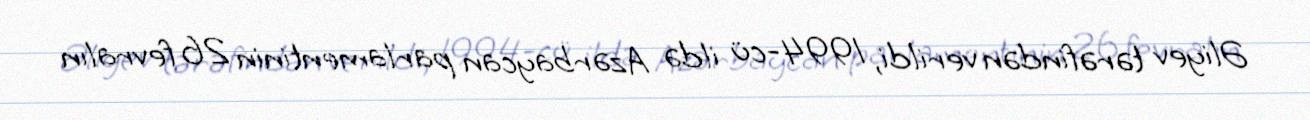
Əliyev tərəfindən verildi, 1994-cü ildə Azərbaycan parlamentinin 26 fevralın